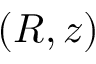
( R , z )